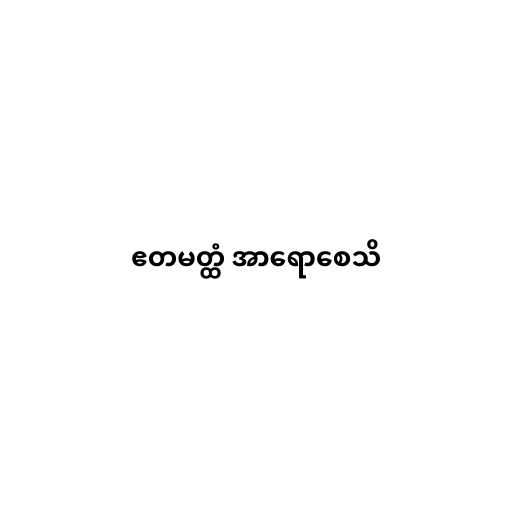
ဧတမတ္ထံ အာရောစေသိ